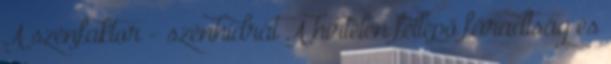
A szénfaktor - szénhidrát A hirtelen fellépő fáradtság és